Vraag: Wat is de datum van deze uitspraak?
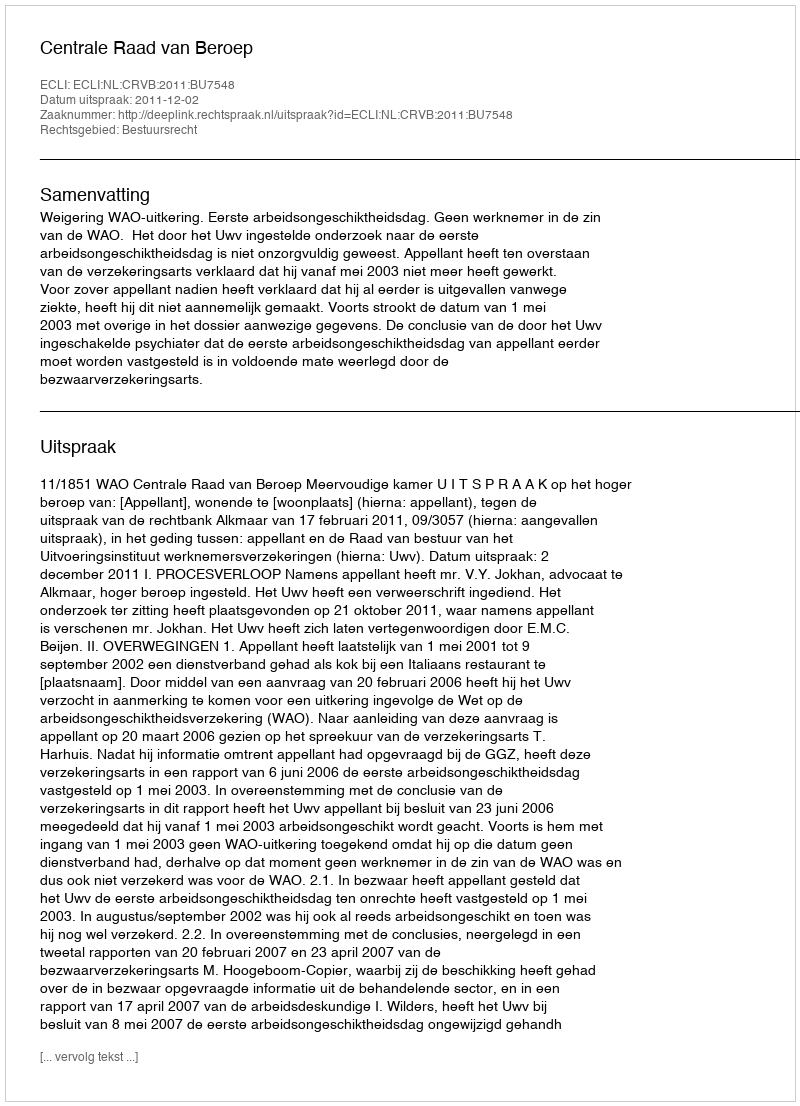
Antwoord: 2011-12-02